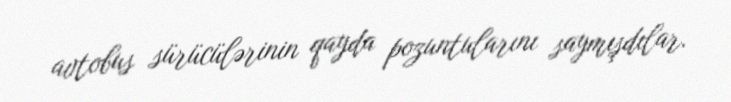
avtobus sürücülərinin qayda pozuntularını saymışdılar.